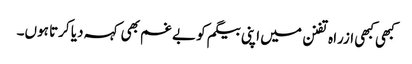
کبھی کبھی ازراہ تفنن میں اپنی بیگم کو بے غم بھی کہہ دیا کرتا ہوں۔